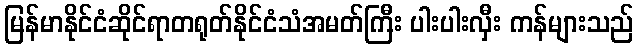
မြန်မာနိုင်ငံဆိုင်ရာတရုတ်နိုင်ငံသံအမတ်ကြီး ပါးပါးလှီး ကန်များသည်